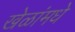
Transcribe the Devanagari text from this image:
खेळांमधे